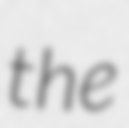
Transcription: the